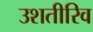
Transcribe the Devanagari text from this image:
उशतीरिव